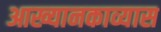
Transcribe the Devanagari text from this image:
आख्यानकाव्यास